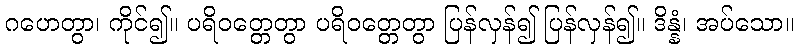
ဂဟေတွာ၊ ကိုင်၍။ ပရိဝတ္တေတွာ ပရိဝတ္တေတွာ ပြန်လှန်၍ ပြန်လှန်၍။ ဒိန္နံ၊ အပ်သော။